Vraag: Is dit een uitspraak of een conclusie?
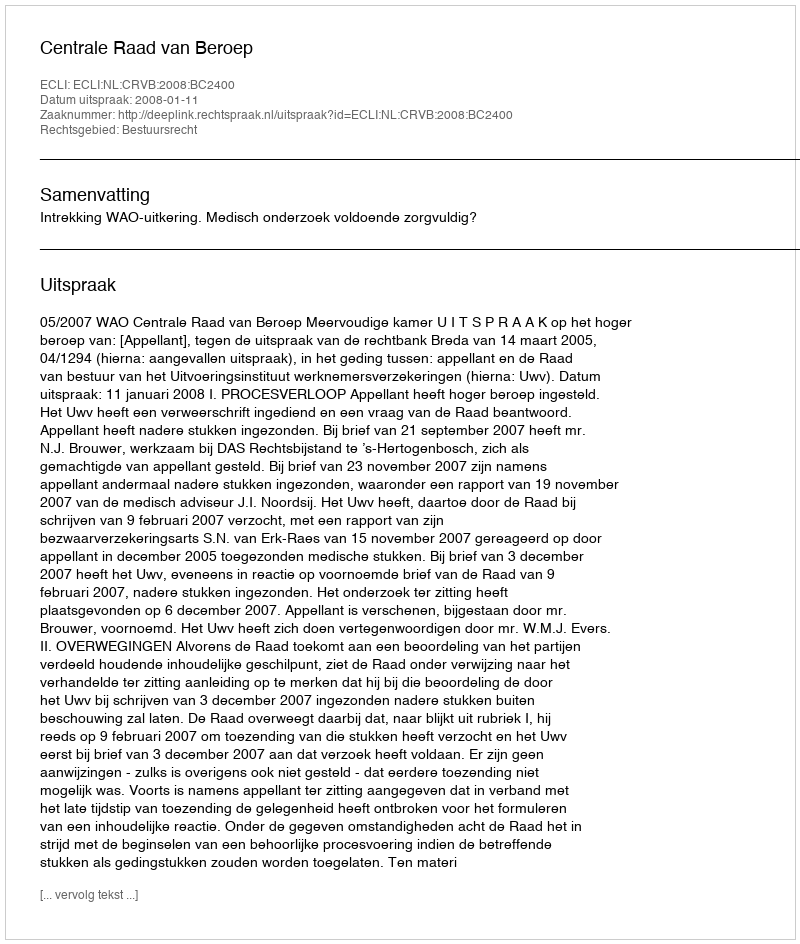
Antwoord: Uitspraak